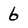
Character: 6